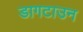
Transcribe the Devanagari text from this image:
डागटाउन